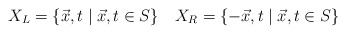
\begin{align*}X_{L}=\{\vec{x},t\;|\;\vec{x},t\in S\}~~~X_{R}=\{-\vec{x},t\;|\;\vec{x},t\in S\} \end{align*}